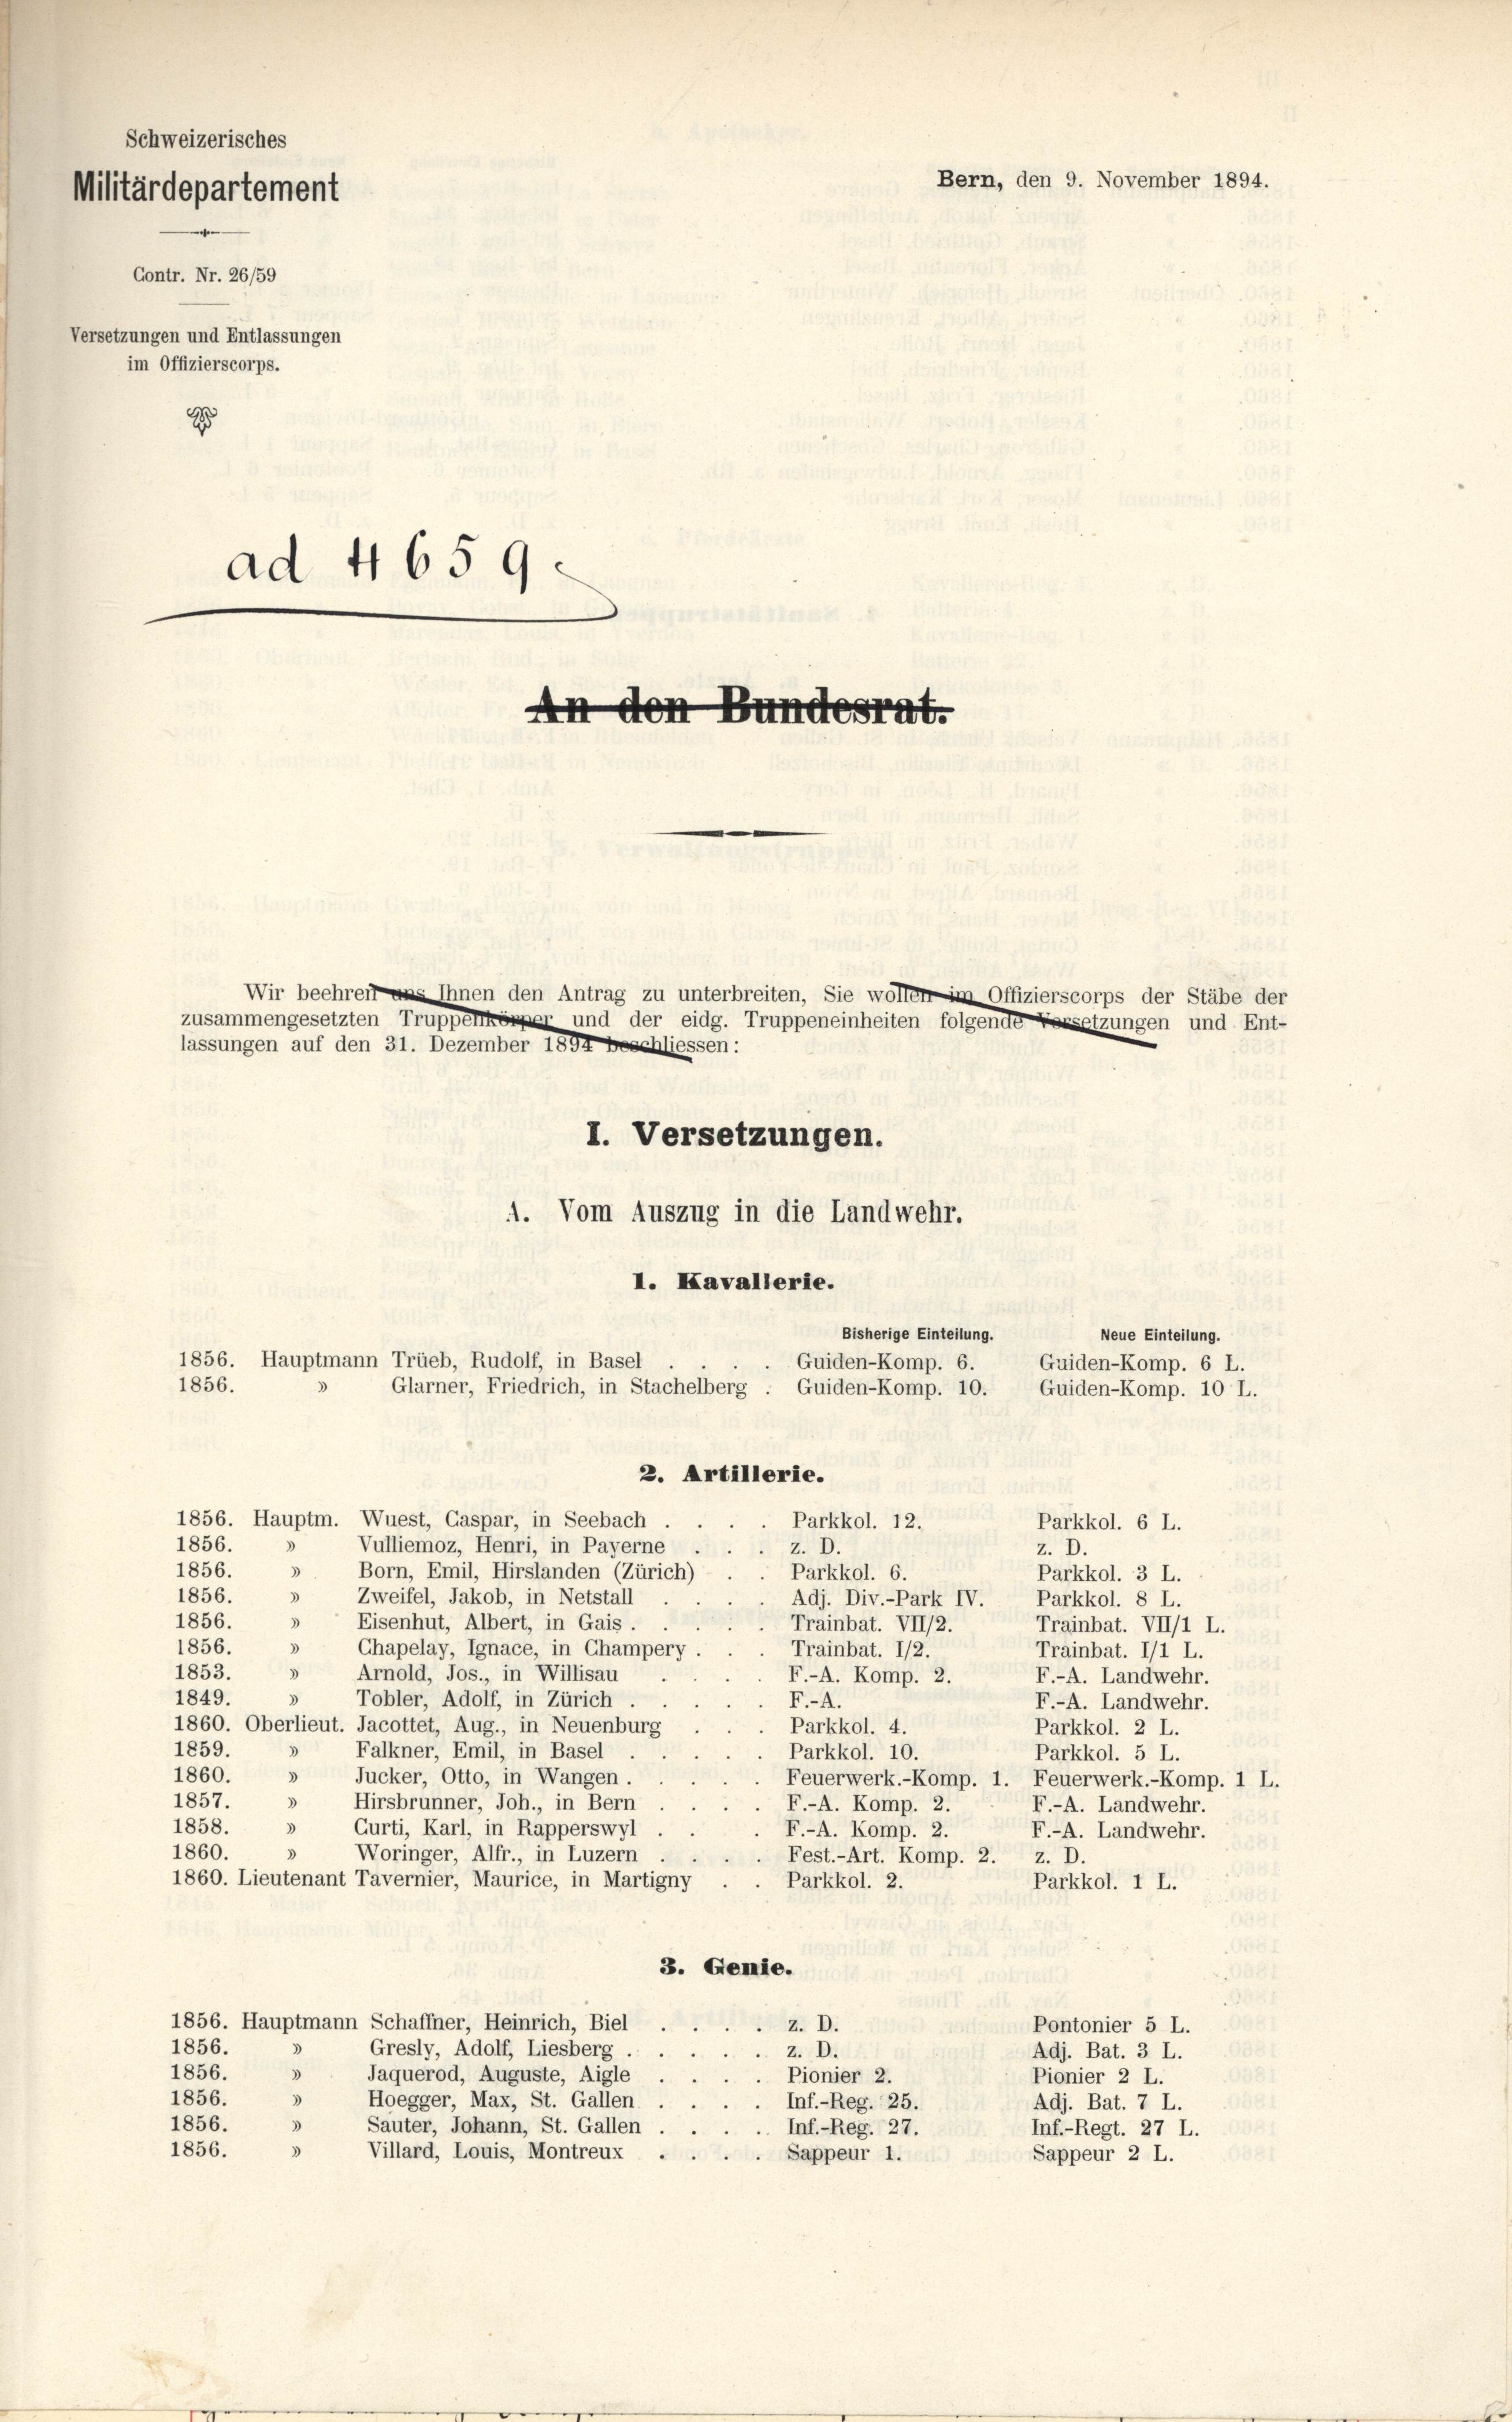
Schweizerisches
Militärdepartement
Contr. Nr. 26/59
Versetzungen und Entlassungen
im Offizierscorps.
d
ad 4659.
.

1856.

An den Bundesrat.

Wir beehren uns Ihnen den Antrag zu unterbreiten, Sie wollen im Offizierscorps der Stäbe der
zusammengesetzten Truppelkörper und der eidg. Truppeneinheiten folgende Besetzungen und Ent-
lassungen auf den 31. Dezember 1894 beschliessen:
I. Versetzungen.

Guiden-Komp. 10. Guiden-Komp. 10 L.
2. Artillerie.
1856. Hauptm. Wuest, Gaspar, in Seebach
Parkkol. 12.
Parkkol. 6 L.
1856.
Vulliemoz, Henri, in Payerne
z. D.
z. D.
1856. » Born, Emil, Hirslanden (Zürich)
Parkkol. 6.
Parkkol. 3 L.
3
Zweifel, Jakob, in Netstall
1856.
Adj. Div.-Park IV. Parkkol. 8 L.
3
1856.
Eisenhut, Albert, in Gais.
Trainbat. VII/2.
Trainbat. VII/1 L.
1856.
 Chapelay, Ignace, in Champery.
Trainbat. 1/2.
Trainbat. 11 L.
1853. " Arnold, Jos., in Willisau
F.-A. Komp. 2.
F.-A. Landwehr.
3
1849.
Tobler, Adolf, in Zürich
F.-A.
F.-A. Landwehr.
1860. Oberlieut. Jacottet, Aug., in Neuenburg
Parkkol. 4.
Parkkol. 2 L.
1859. » Falkner, Emil, in Basel
Parkkol. 10.
Parkkol. 5 L.
1860. » Jucker, Otto, in Wangen.
Feuerwerk.-Komp. 1. Feuerwerk.-Komp. 1 L.
3
1857.
Hirsbrunner, Joh., in Bern
F.-A. Komp. 2.
F.-A. Landwehr.
1858. » Curti, Karl, in Rapperswyl
F.-A. Komp. 2.
F.-A. Landwehr.
3
1860.
Woringer, Alfr., in Luzern
Fest.-Art. Komp. 2. z. D.
1860. Lieutenant Tavernier, Maurice, in Martigny
Parkkol. 2.
Parkkol. 1 L.
3. Genie.
1856. Hauptmann Schaffner, Heinrich, Biel
z. D.
Pontonier 5 L.
1856.
Gresly, Adolf, Liesberg . .
z. D.
Adj. Bat. 3 L.
187
3
1856.
Jaquerod, Auguste, Aigle
Pionier 2.
Pionier 2 L.
3
1856.
Hoegger, Max, St. Gallen
Inf.-Reg. 25.
Adj. Bat. 7 L.
1856.
Sauter, Johann, St. Gallen
Inf.-Reg. 27.
Inf.-Regt. 27 L.
1856.
Villard, Louis, Montreux
Sappeur 1.
Sappeur 2 L.

1. Vom Auszug in die Landwehr.

I. Kavallerie.
Bisherige Einteilung.
1856. Hauptmann Trüeb, Rudolf, in Basel
Guiden-Komp. 6.
Glarner, Friedrich, in Stachelberg

Bern, den 9. November 1894.

Neue Einteilung.
Guiden-Komp. 6 L.